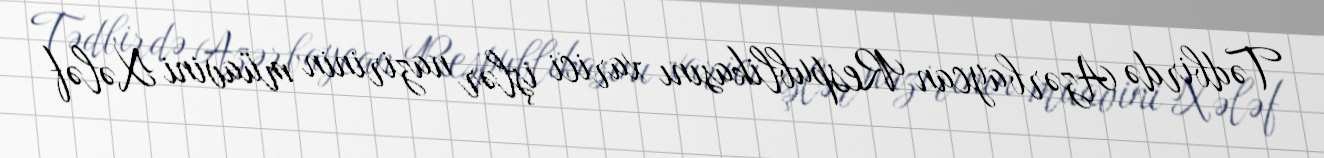
Tədbirdə Azərbaycan Respublikasını xarici işlər nazirinin müavini Xələf